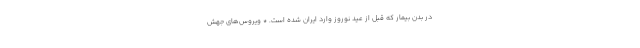
در بدن بیمار که قبل از عید نوروز وارد ایران شده است. * ویروس‌های جهش